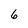
Character: 6